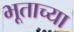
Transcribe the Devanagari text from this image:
भूताच्या